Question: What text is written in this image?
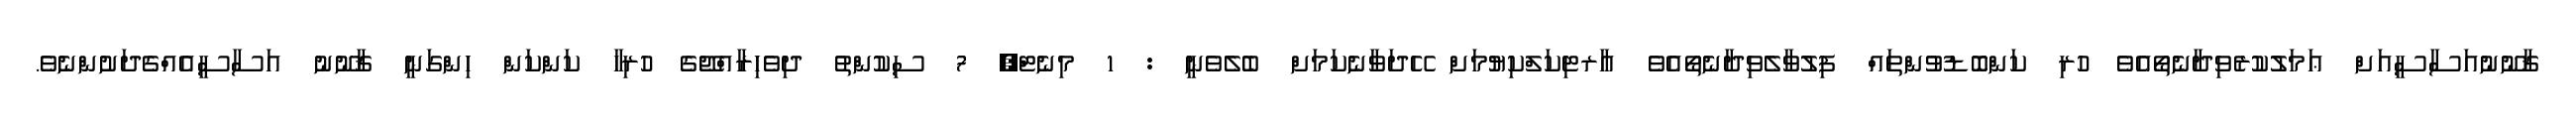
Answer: ޤާނޫނުއަސާސީއަށް ޢަމަލުކުރެވިދާނެތޯއެވެ ހުރި ކަންބޮޑުވުންތައް ފިލުވާލެވިދާނެތޯއެވެ އާރޓިކަލްކިޔުމަށް ހޭދަވާނެކަމަށް ބެލެވެނީ : 1 މިނެޓް, 7 ސިކުންތު ދިވެހިރާއްޖޭގެ ހުރިހާ ކަންކަން ހިންގަނީ ޤާނޫނު އަސާސީއެއްގެދަށުންނެވެ.